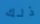
ذلك